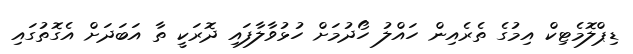
ޑިޕްލޮމެޓިކް އިމުގެ ތެރެއިން ހައްލު ހޯދުމަށް ހުޅުވާލާފައި ދޮރަކީ ތާ އަބަދަށް އެގޮތުގައި